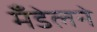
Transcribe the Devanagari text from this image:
मँडेलने